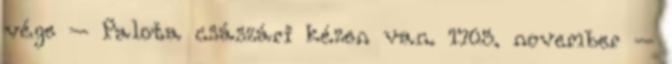
vége – Palota császári kézen van. 1705. november –